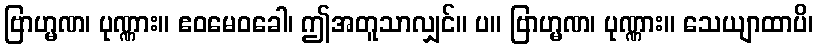
ဗြာဟ္မဏ၊ ပုဏ္ဏား။ ဧဝမေဝခေါ၊ ဤအတူသာလျှင်။ ပ။ ဗြာဟ္မဏ၊ ပုဏ္ဏား။ သေယျာထာပိ၊